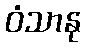
ဝံသာနု